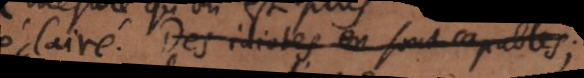
éclairé. Des idiotes en sont capables;